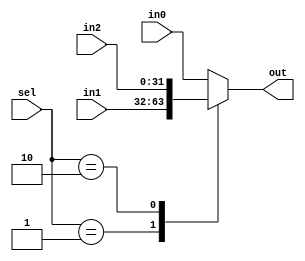
module mux_3to1(in0, in1, in2, sel, out);
	parameter integer N = 32;

	input [N-1:0] in0, in1, in2;
	input [1:0] sel;
	output reg [N-1:0] out;


	always@ (sel or in0 or in1 or in2) begin
		case (sel)
			// 0 : out <= in0;
			2'b01 : out <= in1;
2'b10 : out <= in2;
			default : out <= in0;
		endcase
	end

endmodule